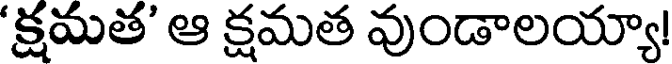
'క్షమత' ఆ క్షమత వుండాలయ్యా!